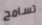
تسامح